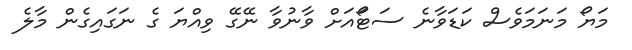
މަޔޯ މަނަމަވެސް ކަޑަވާނެ ސަޓޯައަށް ވާނުވާ ނޭގޭ ވިއްޔަ ގެ ނަގައިގެން މާލެ